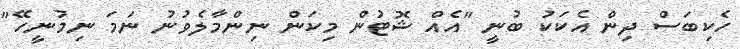
ހެކިބަސް ދިން އެކަކު ބުނީ "އެއް ޝޮޓުން މިކަން ނިންމާލެވުނު ނަމަ ނިމުނީހޭ"